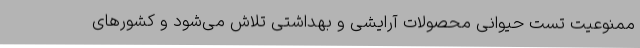
ممنوعیت تست حیوانی محصولات آرایشی و بهداشتی تلاش می‌شود و کشورهای